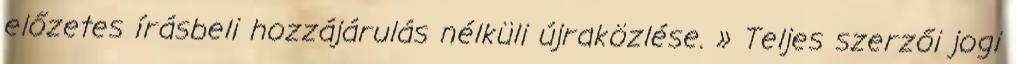
előzetes írásbeli hozzájárulás nélküli újraközlése. » Teljes szerzői jogi